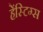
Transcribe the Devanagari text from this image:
हेंस्टिग्स